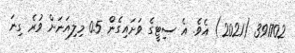
391702 (2021) އެވެ. އެ ސިޓީގެ ވަށައިގެން 0.5 މިލިއަނަށް ވުރެ ގިނަ